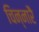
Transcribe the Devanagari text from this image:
चिन्नारै